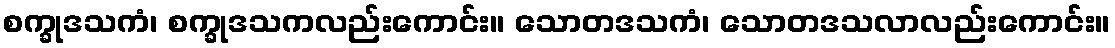
စက္ခုဒသကံ၊ စက္ခုဒသကလည်းကောင်း။ သောတဒသကံ၊ သောတဒသလာလည်းကောင်း။